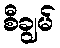
စီချွမ်